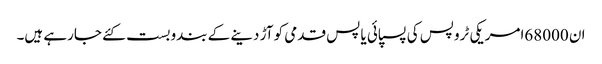
ان 68000امریکی ٹروپس کی پسپائی یا پس قدمی کو آڑ دینے کے بندوبست کئے جارہے ہیں۔